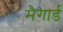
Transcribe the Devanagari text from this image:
मैगार्ड